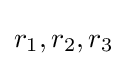
r_{1},r_{2},r_{3}